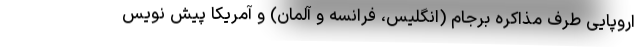
اروپایی طرف مذاکره برجام (انگلیس، فرانسه و آلمان) و آمریکا پیش نویس